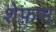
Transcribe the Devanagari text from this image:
शेफ़स्